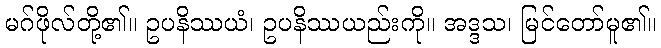
မဂ်ဖိုလ်တို့၏။ ဥပနိဿယံ၊ ဥပနိဿယည်းကို။ အဒ္ဒသ၊ မြင်တော်မူ၏။